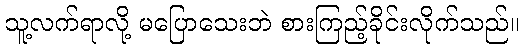
သူ့လက်ရာလို့ မပြောသေးဘဲ စားကြည့်ခိုင်းလိုက်သည်။